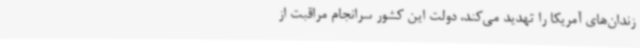
زندان‌های آمریکا را تهدید می‌کند، دولت این کشور سرانجام مراقبت از